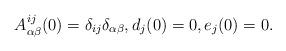
LaTeX: \begin{align*}A_{\alpha\beta}^{ij}(0)=\delta_{ij}\delta_{\alpha\beta},d_{j}(0)=0,e_{j}(0)=0.\end{align*}